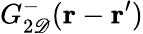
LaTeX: G_{2\mathscr{D}}^{-}(\mathbf{{r}}-\mathbf{{r}}^{\prime})